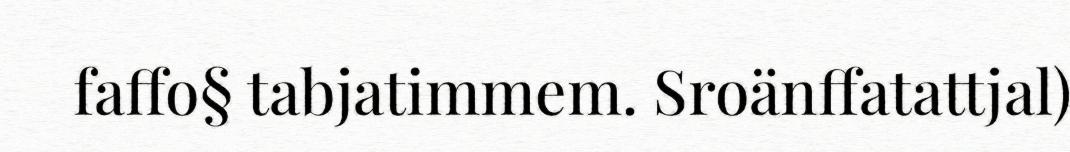
faffo§ tabjatimmem. Sroänffatattjal)